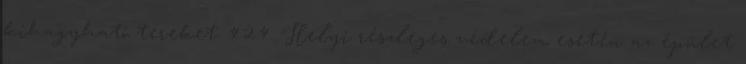
kihagyható tereket. 4.2.4. Helyi részleges védelem esetén az épület